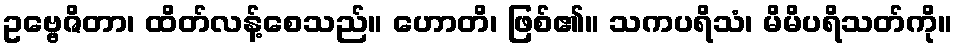
ဥဗ္ဗေဇိတာ၊ ထိတ်လန့်စေသည်။ ဟောတိ၊ ဖြစ်၏။ သကပရိသံ၊ မိမိပရိသတ်ကို။